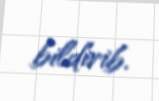
bildirib.